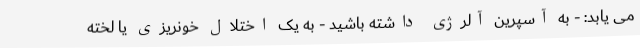
می یابد: - به آسپرین آلرژی داشته باشید - به یک اختلال خونریزی یا لخته